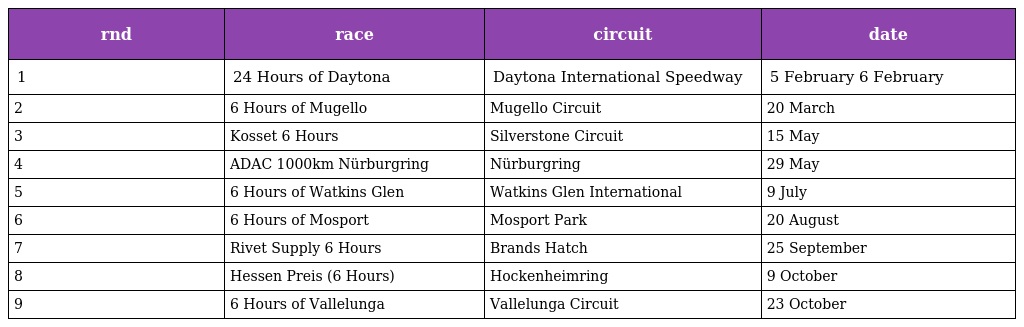
| rnd | race | circuit | date |
 | --- | --- | --- | --- |
 | 1 | 24 Hours of Daytona | Daytona International Speedway | 5 February 6 February |
 | 2 | 6 Hours of Mugello | Mugello Circuit | 20 March |
 | 3 | Kosset 6 Hours | Silverstone Circuit | 15 May |
 | 4 | ADAC 1000km Nürburgring | Nürburgring | 29 May |
 | 5 | 6 Hours of Watkins Glen | Watkins Glen International | 9 July |
 | 6 | 6 Hours of Mosport | Mosport Park | 20 August |
 | 7 | Rivet Supply 6 Hours | Brands Hatch | 25 September |
 | 8 | Hessen Preis (6 Hours) | Hockenheimring | 9 October |
 | 9 | 6 Hours of Vallelunga | Vallelunga Circuit | 23 October |